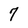
Character: 7